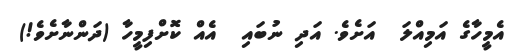
އެމީހާގެ އަމިއްލަ  އަށެވެ. އަދި ނުބައި  އެއް ކޮށްފިމީހާ (ދަންނާށެވެ!)